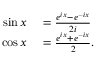
\begin{array} { r l } { \sin x } & { { } = { \frac { e ^ { i x } - e ^ { - i x } } { 2 i } } } \\ { \cos x } & { { } = { \frac { e ^ { i x } + e ^ { - i x } } { 2 } } . } \end{array}